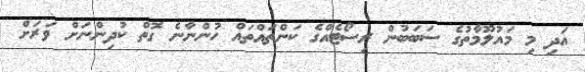
އަދި މި މައުލޫމާތުގެ ސަބަބުން ރިސޯޓެއްގެ ކަންތައްތައް ހުންނާނެ ގޮތް ކުދިންނަށް ވަރަށް